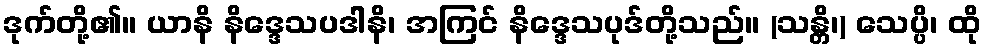
ဒုက်တို့၏။ ယာနိ နိဒ္ဒေသပဒါနိ၊ အကြင် နိဒ္ဒေသပုဒ်တို့သည်။ (သန္တိ၊) သေပ္ပိ၊ ထို